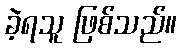
ခဲ့ရသူ ဖြစ်သည်။